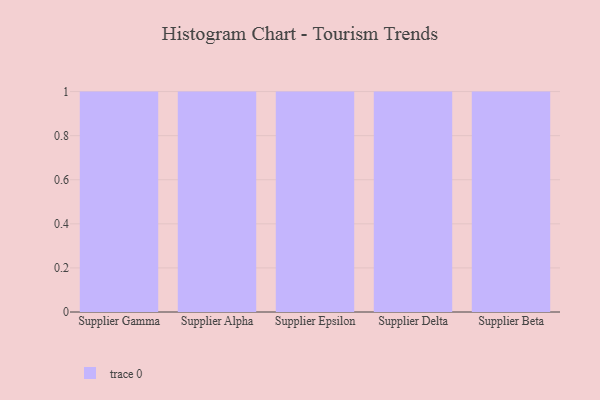
{"axis": {"x": "Supplier", "y": "Latency (ms)"}, "legend": [""], "data": [{"x": "Supplier Gamma", "y": 49, "type": ""}, {"x": "Supplier Alpha", "y": 78, "type": ""}, {"x": "Supplier Epsilon", "y": 1, "type": ""}, {"x": "Supplier Delta", "y": 100, "type": ""}, {"x": "Supplier Beta", "y": 13, "type": ""}]}